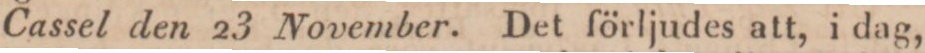
Cassel den 23 November. Det förljudes att, i dag,